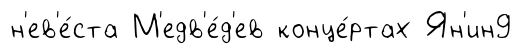
н'ев'е́ста М'едв'е́д'ев конце́ртах Ян'ин9